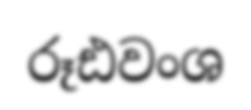
රූඪවංශ